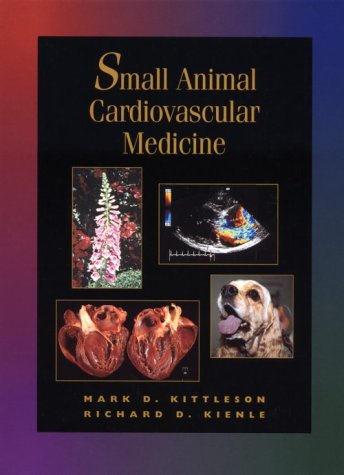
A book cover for Small Animal Cardiovascular Medicine, 1e; Mark D. Kittleson DVM  PhD; Medical Books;